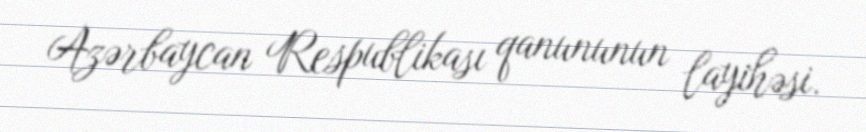
Azərbaycan Respublikası qanununun layihəsi.